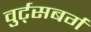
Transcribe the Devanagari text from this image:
वुर्ट्‌सबर्ग